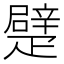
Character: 𤴣